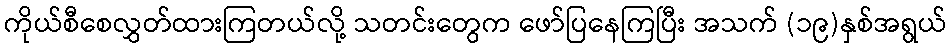
ကိုယ်စီစေလွှတ်ထားကြတယ်လို့ သတင်းတွေက ဖော်ပြနေကြပြီး အသက် (၁၉)နှစ်အရွယ်